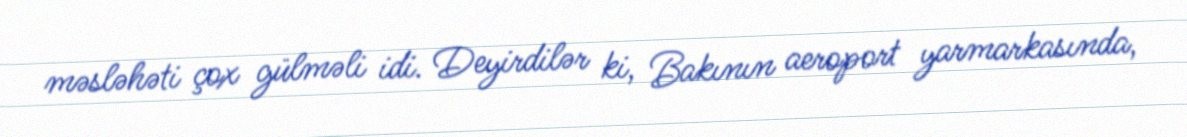
məsləhəti çox gülməli idi. Deyirdilər ki, Bakının aeroport yarmarkasında,